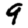
Digit: 9